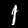
Label: 1